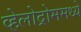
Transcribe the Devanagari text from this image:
व्हेलोद्रोममध्ये